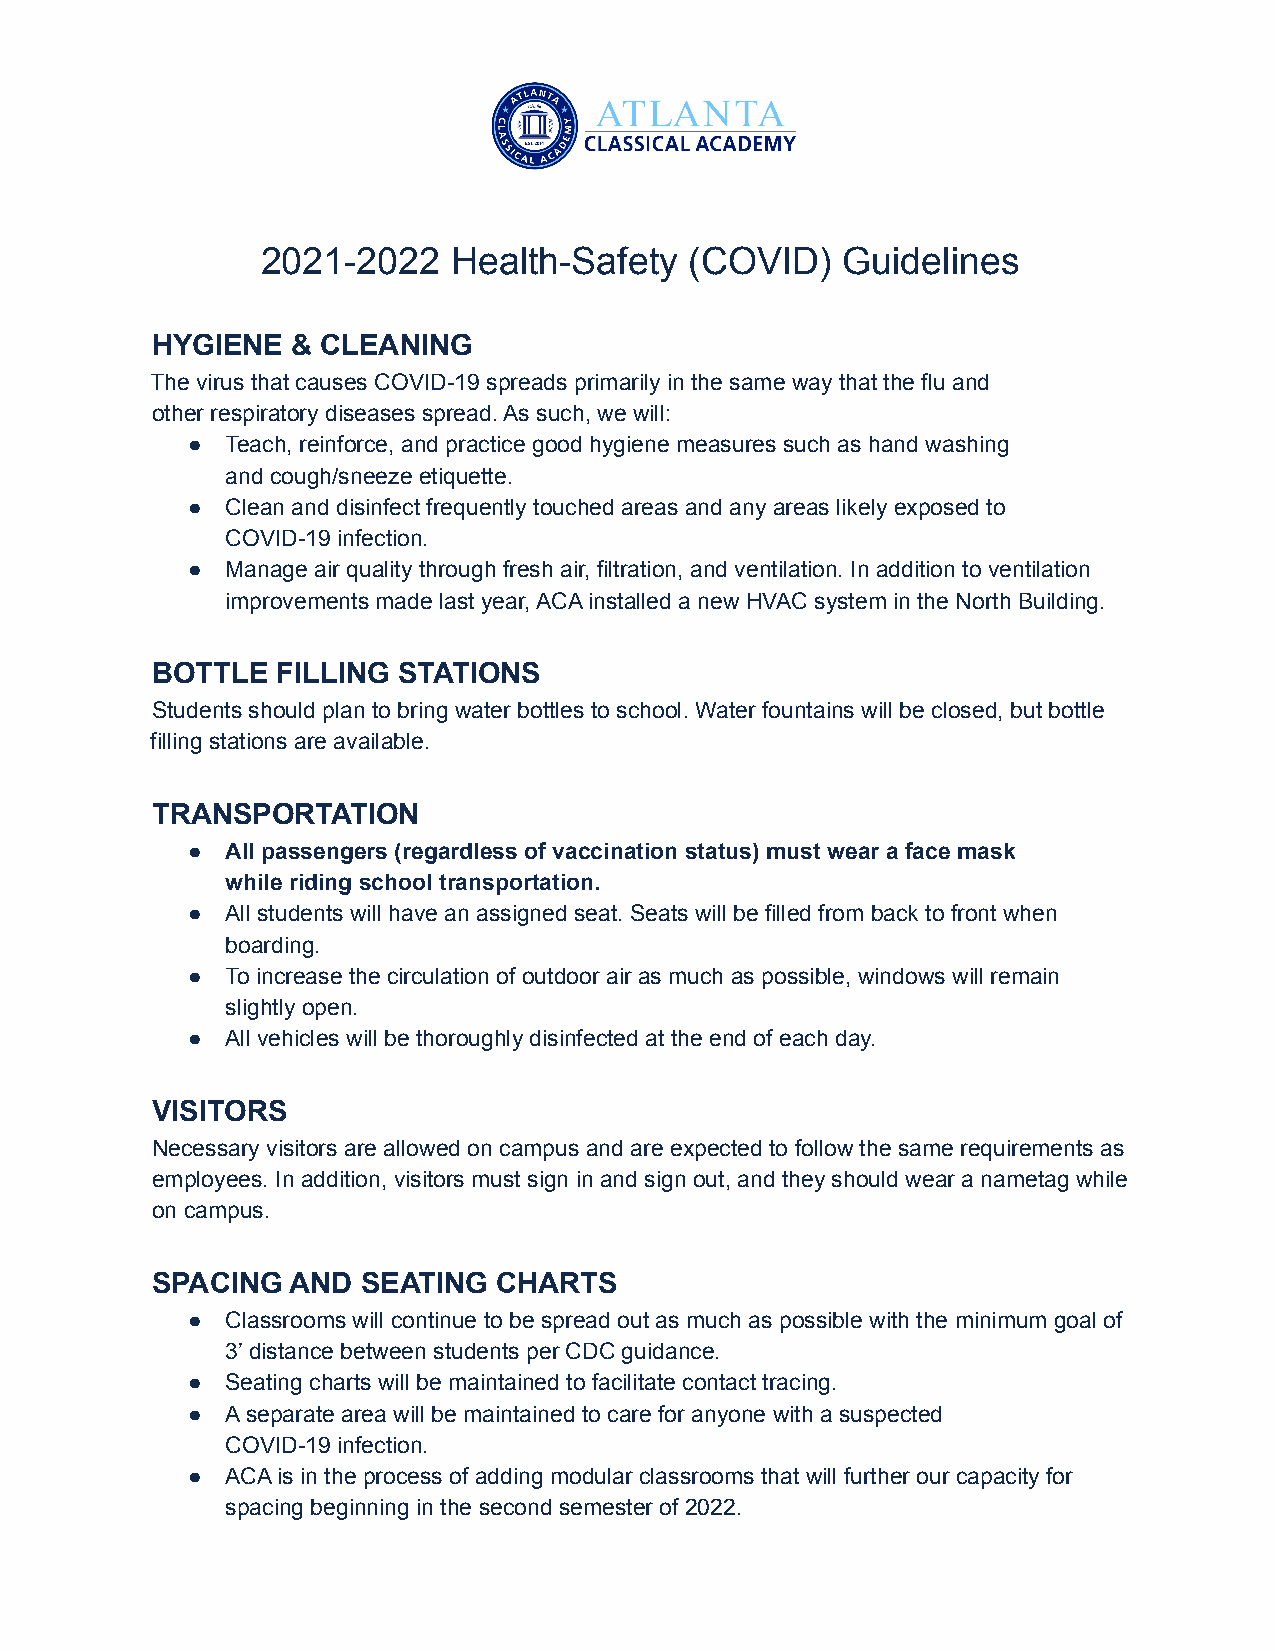
2021-2022    Health-Safety   (COVID)   Guidelines
 HYGIENE  & CLEANING
 The virus that causes COVID-19 spreads primarily in the same way that the flu and
 other respiratory diseases spread. As such, we will:
 ●  Teach, reinforce, and practice good hygiene measures such as hand washing
 and cough/sneeze etiquette.
 ●  Clean and disinfect frequently touched areas and any areas likely exposed to
 COVID-19 infection.
 ●  Manage air quality through fresh air, filtration, and ventilation. In addition to ventilation
 improvements made last year, ACA installed a new HVAC system in the North Building.
 BOTTLE  FILLING STATIONS
 Students should plan to bring water bottles to school. Water fountains will be closed, but bottle
 filling stations are available.
 TRANSPORTATION
 ●  All passengers (regardless of vaccination status) must wear a face mask
 while riding school transportation.
 ●  All students will have an assigned seat. Seats will be filled from back to front when
 boarding.
 ●  To increase the circulation of outdoor air as much as possible, windows will remain
 slightly open.
 ●  All vehicles will be thoroughly disinfected at the end of each day.
 VISITORS
 Necessary visitors are allowed on campus and are expected to follow the same requirements as
 employees. In addition, visitors must sign in and sign out, and they should wear a nametag while
 on campus.
 SPACING  AND  SEATING  CHARTS
 ●  Classrooms will continue to be spread out as much as possible with the minimum goal of
 3’ distance between students per CDC guidance.
 ●  Seating charts will be maintained to facilitate contact tracing.
 ●  A separate area will be maintained to care for anyone with a suspected
 COVID-19 infection.
 ●  ACA is in the process of adding modular classrooms that will further our capacity for
 spacing beginning in the second semester of 2022.